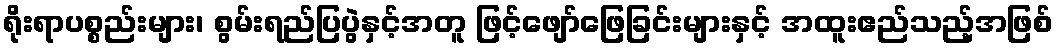
ရိုးရာပစ္စည်းများ၊ စွမ်းရည်ပြပွဲနှင့်အတူ ဖြင့်ဖျော်ဖြေခြင်းများနှင့် အထူးဧည်သည့်အဖြစ်